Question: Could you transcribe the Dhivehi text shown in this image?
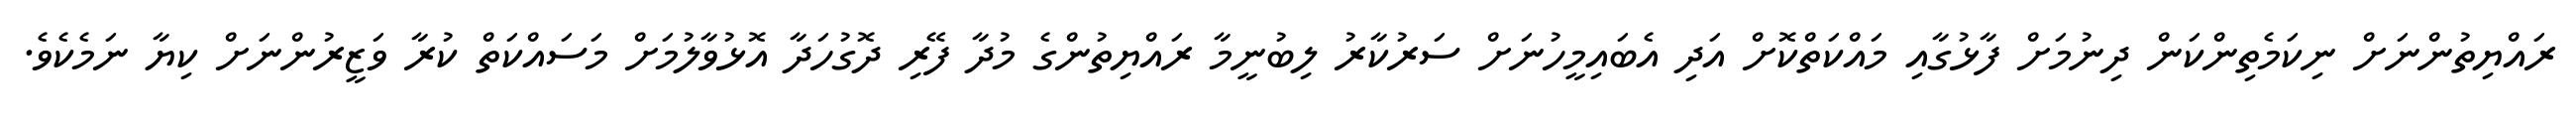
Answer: ރައްޔިތުންނަށް ނިކަމެތިންކަން ދިނުމަށް ފާޅުގާއި މައްކަތްކޮށް އަދި އެބައިމީހުނަށް ސަރުކާރު ލިބުނީމާ ރައްޔިތުންގެ މުދާ ފޭރި ދޮގުހަދާ އޮޅުވާލުމަށް މަސައްކަތް ކުރާ ވަޒީރުންނަށް ކިޔާ ނަމެކެވެ.